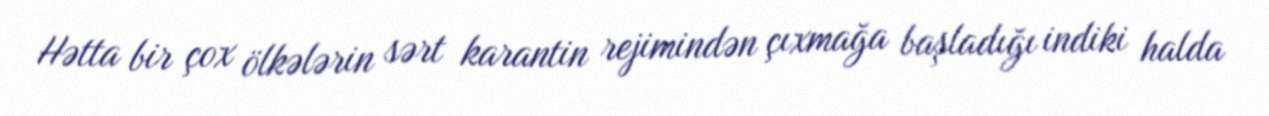
Hətta bir çox ölkələrin sərt karantin rejimindən çıxmağa başladığı indiki halda